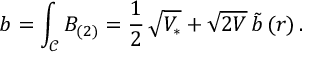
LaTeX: b = \int _ { \mathcal { C } } B _ { ( 2 ) } = \frac { 1 } { 2 } \, \sqrt { V _ { * } } + \sqrt { 2 V } \, \tilde { b } \, ( r ) \, .